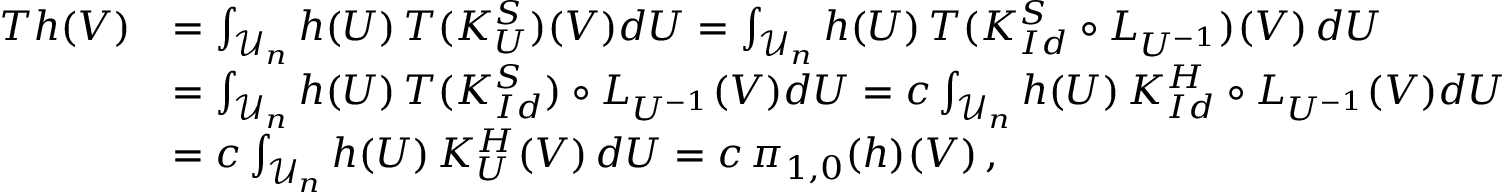
\begin{array} { r l } { T h ( V ) } & { = \int _ { \mathcal U _ { n } } h ( U ) \, T ( K _ { U } ^ { S } ) ( V ) d U = \int _ { \mathcal U _ { n } } h ( U ) \, T ( K _ { I d } ^ { S } \circ L _ { U ^ { - 1 } } ) ( V ) \, d U } \\ & { = \int _ { \mathcal U _ { n } } h ( U ) \, T ( K _ { I d } ^ { S } ) \circ L _ { U ^ { - 1 } } ( V ) d U = c \int _ { \mathcal U _ { n } } h ( U ) \, K _ { I d } ^ { H } \circ L _ { U ^ { - 1 } } ( V ) d U } \\ & { = c \int _ { \mathcal U _ { n } } h ( U ) \, { K _ { U } ^ { H } ( V ) } \, d U = c \, \pi _ { 1 , 0 } ( h ) ( V ) \, , } \end{array}